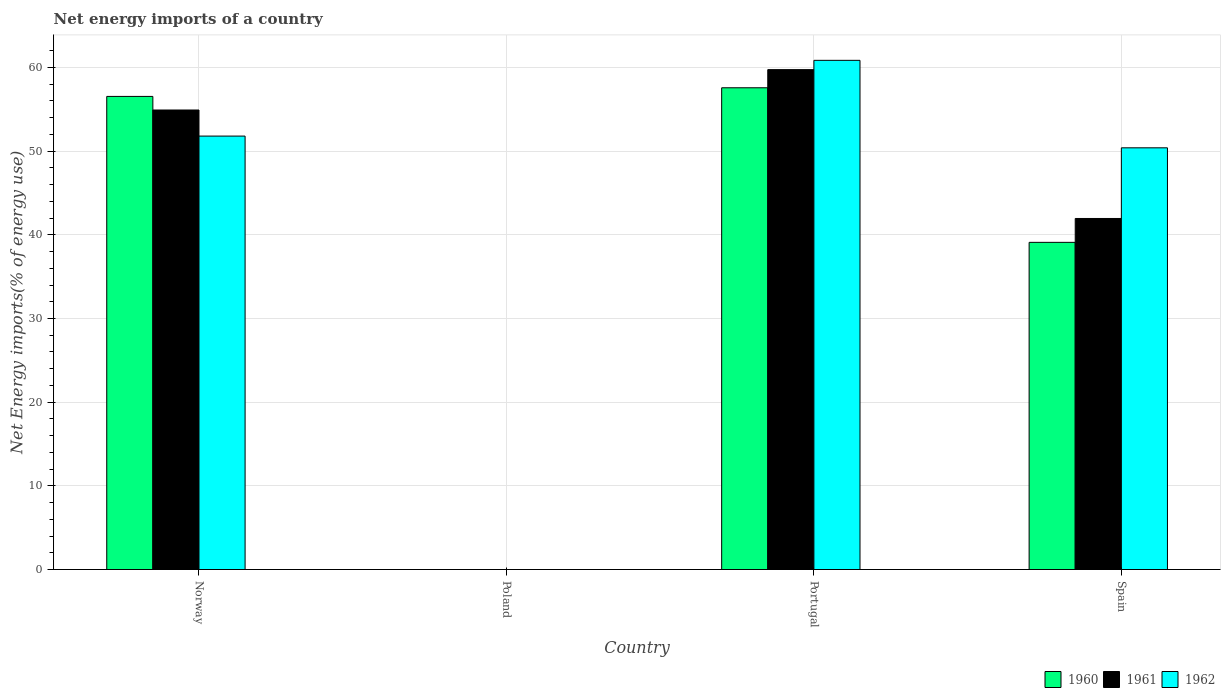
| Country | 1960 | 1961 | 1962 |
 | --- | --- | --- | --- |
 | Norway | 56.5 | 54.9 | 51.8 |
 | Poland | -19.6 | -17.7 | -14.7 |
 | Portugal | 57.6 | 59.7 | 60.9 |
 | Spain | 39.1 | 42 | 50.4 |